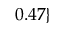
0 . 4 7 \}